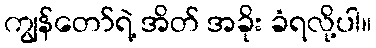
ကျွန်တော်ရဲ့ အိတ် အခိုး ခံရလို့ပါ။